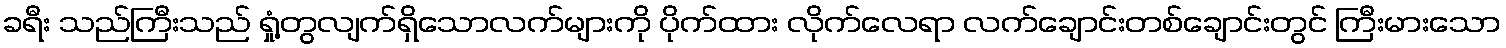
ခရီး သည်ကြီးသည် ရှုံ့တွလျက်ရှိသောလက်များကို ပိုက်ထား လိုက်လေရာ လက်ချောင်းတစ်ချောင်းတွင် ကြီးမားသော